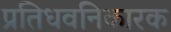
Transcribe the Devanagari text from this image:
प्रतिधवनिकारक